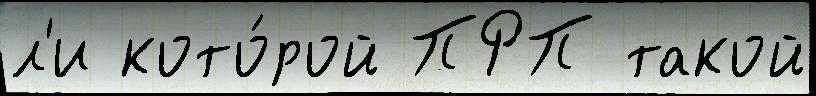
л'и кото́рой ПРП такой